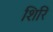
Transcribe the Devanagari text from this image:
शिरिं